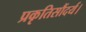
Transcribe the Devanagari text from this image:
प्रकृतिसौंदर्य।